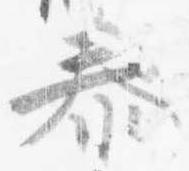
泰